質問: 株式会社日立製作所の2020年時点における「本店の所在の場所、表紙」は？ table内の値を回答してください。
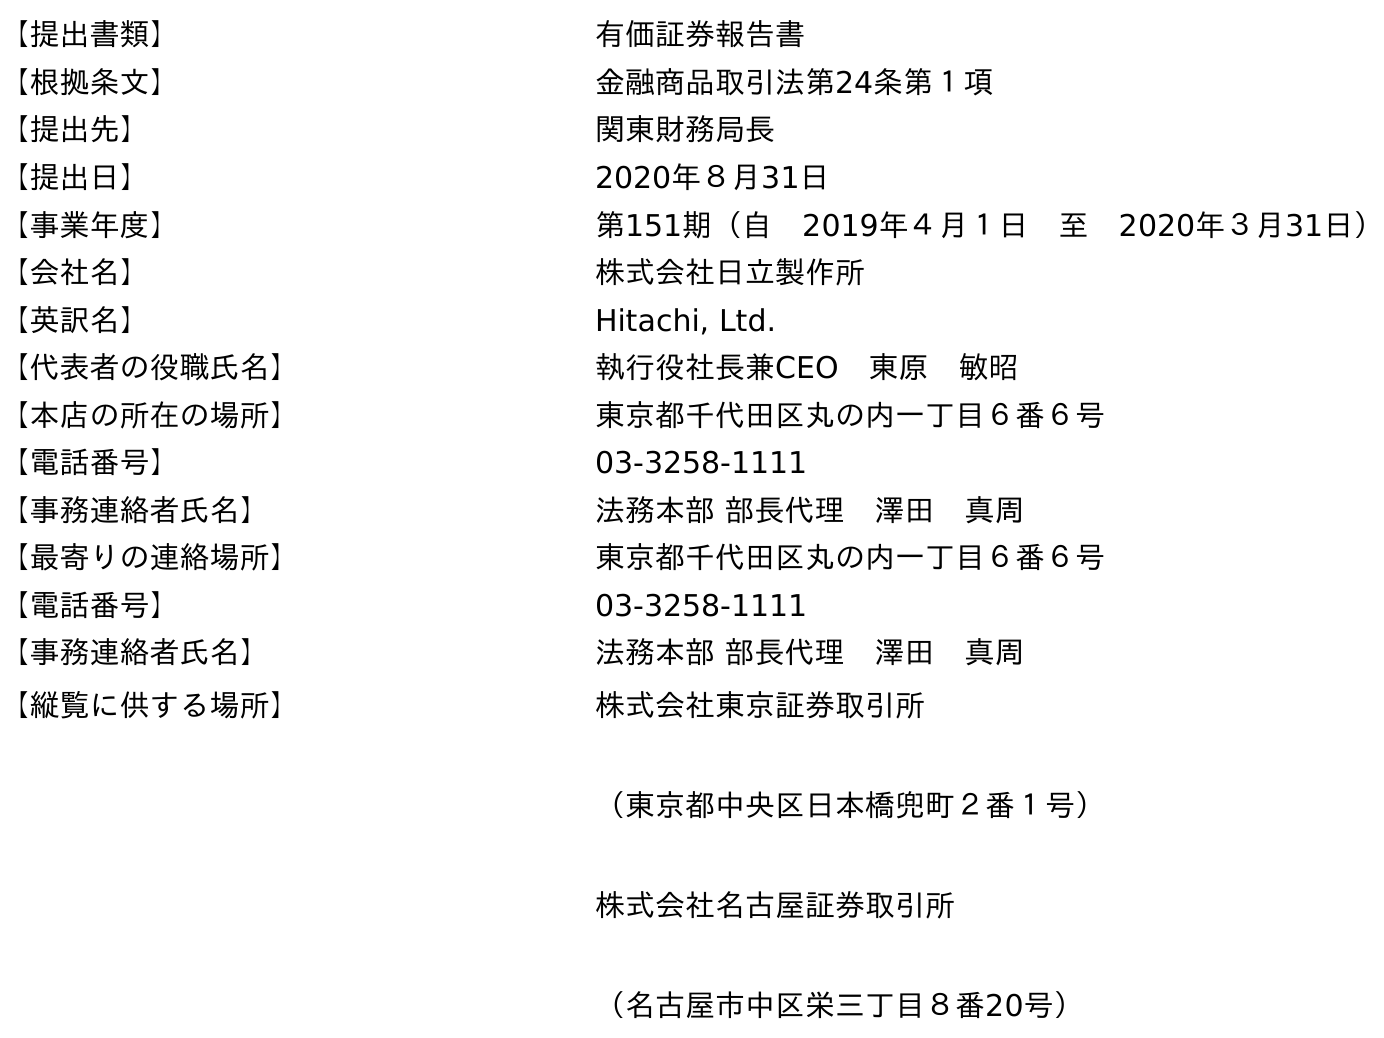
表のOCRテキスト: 【提出書類】 有価証券報告書 【根拠条文】 金融商品取引法第24条第１項 【提出先】 関東財務局長 【提出日】 2020年８月31日 【事業年度】 第151期（自 2019年４月１日 至 2020年３月31日） 【会社名】 株式会社日立製作所 【英訳名】 Hitachi, Ltd. 【代表者の役職氏名】 執行役社長兼CEO 東原 敏昭 【本店の所在の場所】 東京都千代田区丸の内一丁目６番６号 【電話番号】 03-3258-1111 【事務連絡者氏名】 法務本部 部長代理 澤田 真周 【最寄りの連絡場所】 東京都千代田区丸の内一丁目６番６号 【電話番号】 03-3258-1111 【事務連絡者氏名】 法務本部 部長代理 澤田 真周 【縦覧に供する場所】 株式会社東京証券取引所 （東京都中央区日本橋兜町２番１号） 株式会社名古屋証券取引所 （名古屋市中区栄三丁目８番20号）
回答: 東京都千代田区丸の内一丁目６番６号